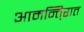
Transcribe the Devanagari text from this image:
आमन्ति्रात